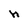
Character: h